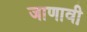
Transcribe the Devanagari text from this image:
जाणावी़